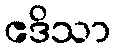
ဧဒိသာ